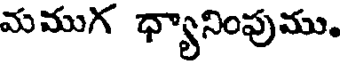
మముగ ధ్యానింపుము.